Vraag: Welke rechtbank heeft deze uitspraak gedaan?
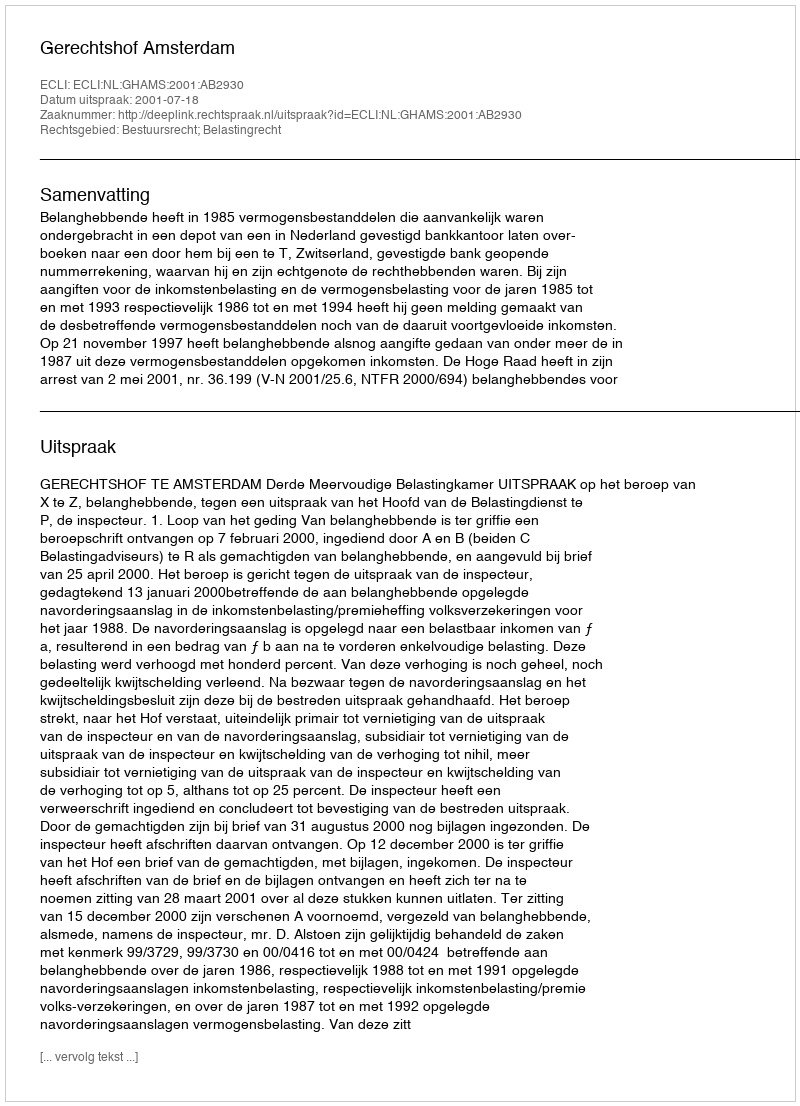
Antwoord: Gerechtshof Amsterdam